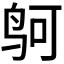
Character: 𱉕